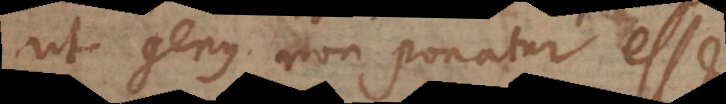
ut genus non ponatur esse